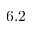
6 . 2